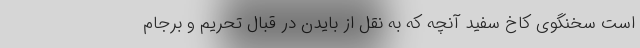
است سخنگوی کاخ سفید آنچه که به نقل از بایدن در قبال تحریم و برجام